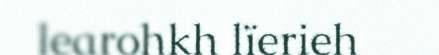
learohkh lïerieh